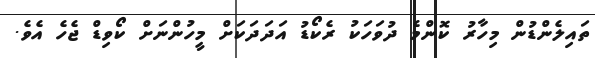
ތައިލެންޑުން މިހާރު ކޮންމެ ދުވަހަކުު ރެކޯޑު އަދަދަކަށް މީހުންނަށް ކޯވިޑް ޖެހެ އެވެ.